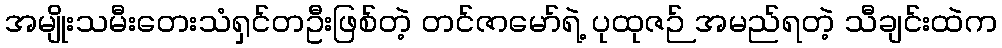
အမျိုးသမီးတေးသံရှင်တဦးဖြစ်တဲ့ တင်ဇာမော်ရဲ့ ပုထုဇဉ် အမည်ရတဲ့ သီချင်းထဲက